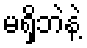
မရှိဘဲနဲ့